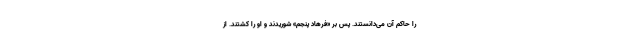
را حاکم آن می‌دانستند. پس بر «فرهاد پنجم» شوریدند و او را کشتند. از